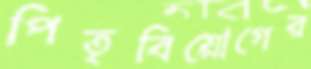
পিতৃবিয়োগের